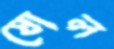
ষোল